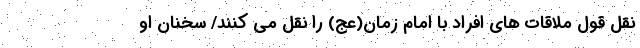
نقل قول ملاقات های افراد با امام زمان(عج) را نقل می کنند/ سخنان او